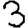
Digit: 3